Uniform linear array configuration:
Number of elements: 48
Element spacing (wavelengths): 0.25
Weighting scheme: hamming
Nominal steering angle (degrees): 30
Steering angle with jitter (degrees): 31.153
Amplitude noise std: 0.05
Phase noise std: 0.05

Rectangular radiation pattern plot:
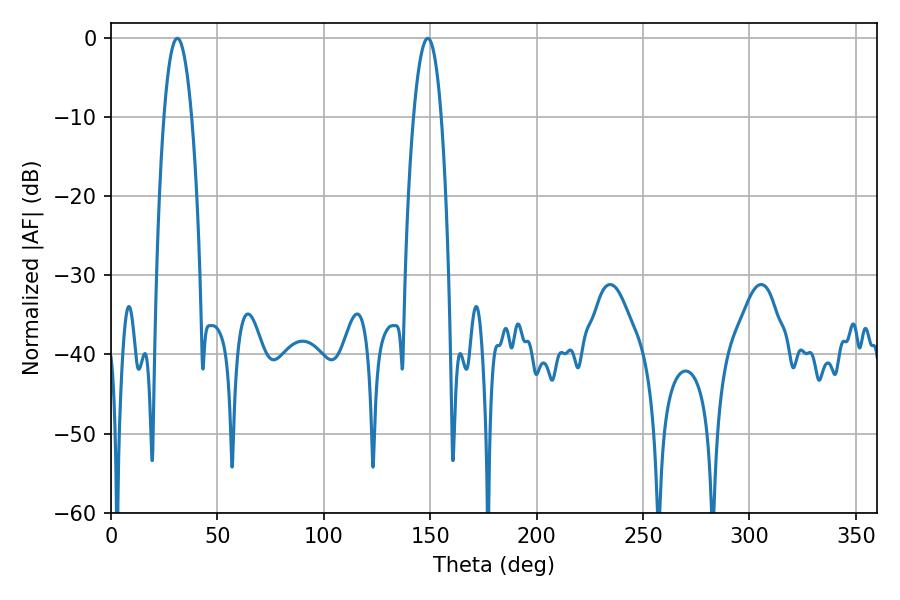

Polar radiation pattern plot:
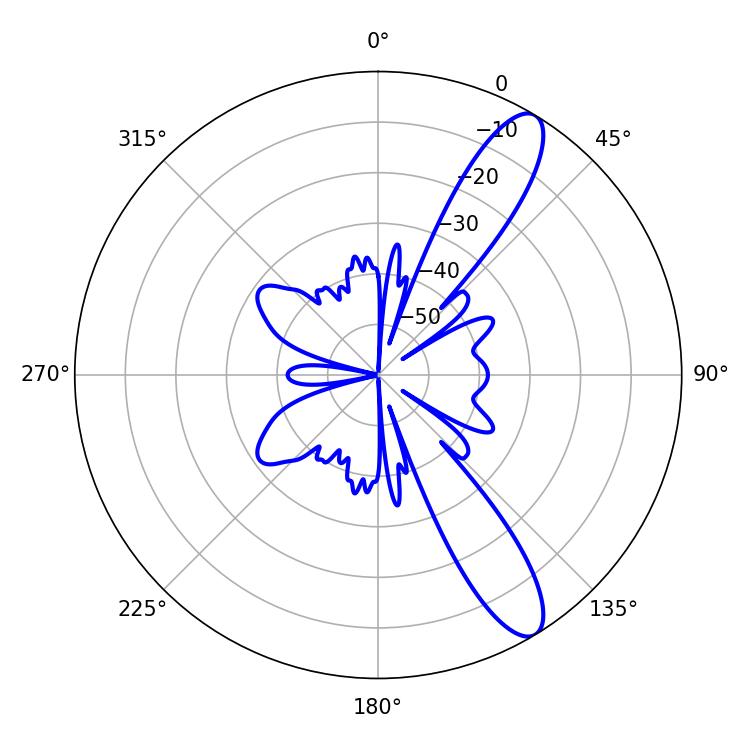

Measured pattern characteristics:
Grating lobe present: FALSE
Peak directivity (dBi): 11.554
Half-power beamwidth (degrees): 7.2
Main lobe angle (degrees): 31.14